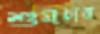
শুমচারা